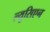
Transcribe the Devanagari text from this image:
ल्युसिएन